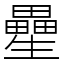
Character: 㽮